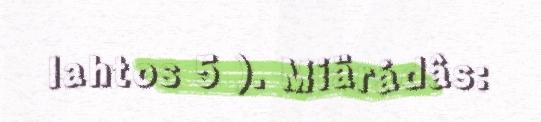
lahtos 5 ). Miärádâs: